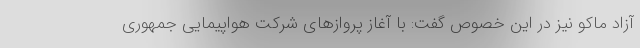
آزاد ماکو نیز در این خصوص گفت: با آغاز پروازهای شرکت هواپیمایی جمهوری